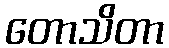
တောသိတာ